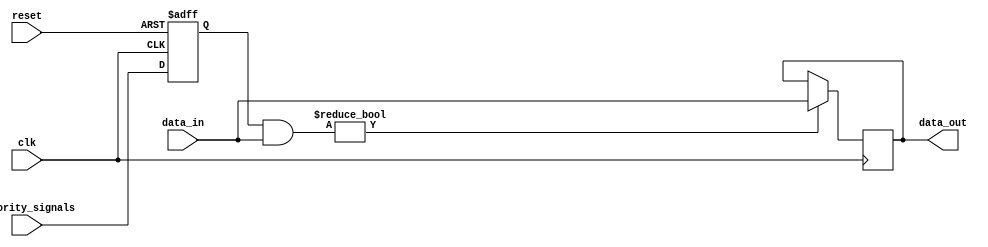
module Priority_Bypass_Register (
    input clk,
    input reset,
    input [7:0] priority_signals,
    input [7:0] data_in,
    output reg [7:0] data_out
);

reg [7:0] bypassed_signals;

always @(posedge clk or posedge reset) begin
    if (reset) begin
        bypassed_signals <= 8'b0;
    end else begin
        bypassed_signals <= priority_signals;
    end
end

always @(posedge clk) begin
    if (bypassed_signals & data_in) begin
        data_out <= data_in;
    end
end

endmodule